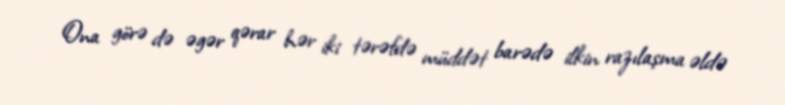
Ona görə də əgər qərar hər iki tərəfdə müddət barədə ilkin razılaşma əldə